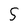
Character: 5